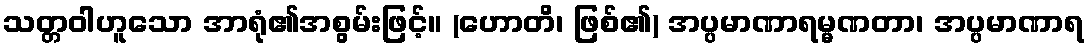
သတ္တဝါဟူသော အာရုံ၏အစွမ်းဖြင့်။ (ဟောတိ၊ ဖြစ်၏) အပ္ပမာဏာရမ္မဏတာ၊ အပ္ပမာဏာရ